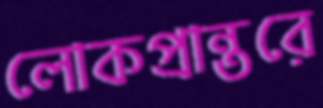
লোকপ্রান্তরে